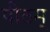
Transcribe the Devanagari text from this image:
पीठम्